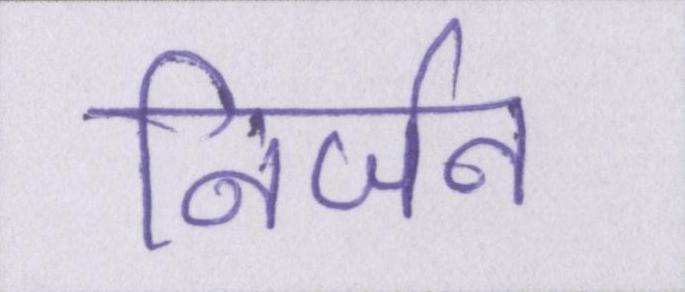
निर्जन